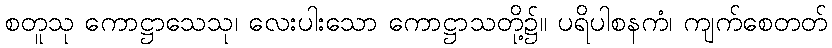
စတူသု ကောဋ္ဌာသေသု၊ လေးပါးသော ကောဋ္ဌာသတို့၌။ ပရိပါစနကံ၊ ကျက်စေတတ်